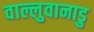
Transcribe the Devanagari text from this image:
वाल्लुवानाडु